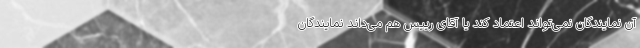
آن نمایندگان نمی‌تواند اعتماد کند یا آقای رییس هم می‌داند نمایندگان